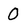
Character: O